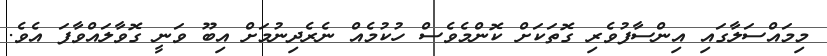
މިމައްސަލާގައި އިންސާފުވެރި ގޮތަކަށް ކޮންމެވެސް ހުކުމެއް ނެރެދިނުމަށް އިބޫ ވަނީ ގޮވާލައްވާފަ އެވެ.